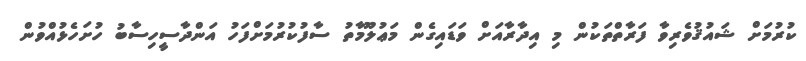
ކުރުމަށް ޝައުޤުވެރިވާ ފަރާތްތަކުން މި އިދާރާއަށް ވަޑައިގެން މަޢުލޫމާތު ސާފުކުރުމަށްފަހު އަންދާސީހިސާބު ހުށަހެޅުއްވުން